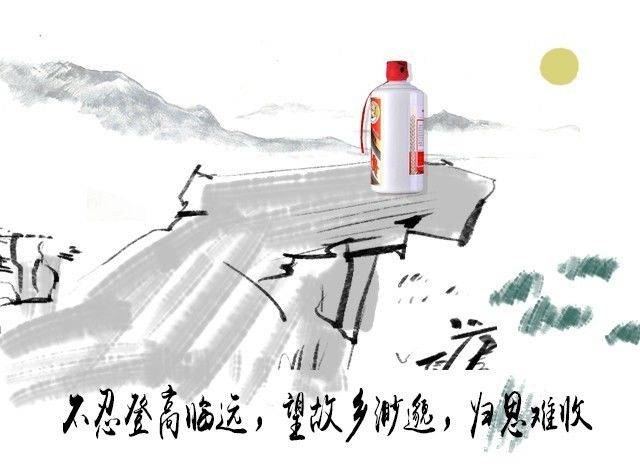
四边伐鼓雪海涌，三军大呼阴山动。